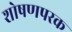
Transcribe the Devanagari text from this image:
शोषणपरक